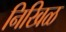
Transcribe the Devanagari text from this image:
निखिळ